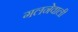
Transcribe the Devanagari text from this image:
गलनेवाली